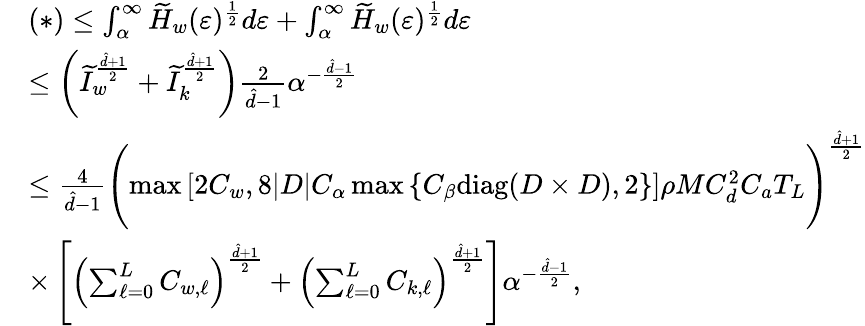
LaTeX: \begin{array}{rl}&{(\ast)\leq\int_{\alpha}^{\infty}\widetilde{H}_{w}(\varepsilon)^{\frac{1}{2}}d\varepsilon+\int_{\alpha}^{\infty}\widetilde{H}_{w}(\varepsilon)^{\frac{1}{2}}d\varepsilon}\\ &{\leq\left(\widetilde{I}_{w}^{\frac{\hat{d}+1}{2}}+\widetilde{I}_{k}^{\frac{\hat{d}+1}{2}}\right)\frac{2}{\hat{d}-1}\alpha^{-\frac{\hat{d}-1}{2}}}\\ &{\leq\frac{4}{\hat{d}-1}\Biggl(\operatorname*{max}\left[2C_{w},8|D|C_{\alpha}\operatorname*{max}\left\{ C_{\beta}\mathrm{diag}(D\times D),2\right\} \right]\rho MC_{d}^{2}C_{a}T_{L}\Biggr)^{\frac{\hat{d}+1}{2}}}\\ &{\times\left[\left(\sum_{\ell=0}^{L}C_{w,\ell}\right)^{\frac{\hat{d}+1}{2}}+\left(\sum_{\ell=0}^{L}C_{k,\ell}\right)^{\frac{\hat{d}+1}{2}}\right]\alpha^{-\frac{\hat{d}-1}{2}},}\end{array}